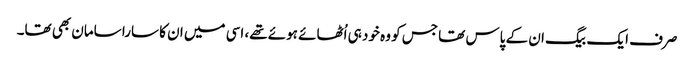
صرف ایک بیگ ان کے پاس تھا جس کو وہ خود ہی اُٹھائے ہوئے تھے، اسی میں ان کا سارا سامان بھی تھا۔